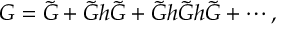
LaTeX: G = \tilde { G } + \tilde { G } h \tilde { G } + \tilde { G } h \tilde { G } h \tilde { G } + \cdots ,